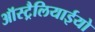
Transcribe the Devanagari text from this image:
ऑस्ट्रैलियाईयो